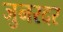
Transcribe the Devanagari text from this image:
जुनरदर